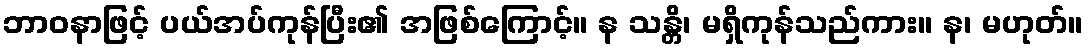
ဘာဝနာဖြင့် ပယ်အပ်ကုန်ပြီး၏ အဖြစ်ကြောင့်။ န သန္တိ၊ မရှိကုန်သည်ကား။ န၊ မဟုတ်။